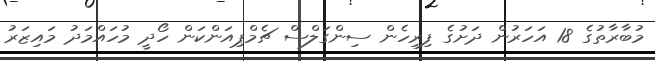
މުބާރާތުގެ 18 އަހަރުން ދަށުގެ ފިރިހެން ސިންގަލްސް ޗެމްޕިއަންކަން ހޯދީ މުހައްމަދު މައިޒަރު